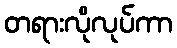
တရားလိုလုပ်ကာ